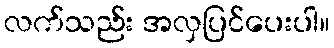
လက်သည်း အလှပြင်ပေးပါ။